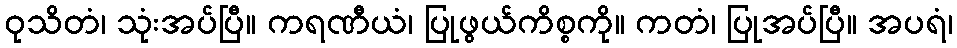
ဝုသိတံ၊ သုံးအပ်ပြီ။ ကရဏီယံ၊ ပြုဖွယ်ကိစ္စကို။ ကတံ၊ ပြုအပ်ပြီ။ အပရံ၊